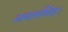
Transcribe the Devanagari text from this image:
अचलसिंह।